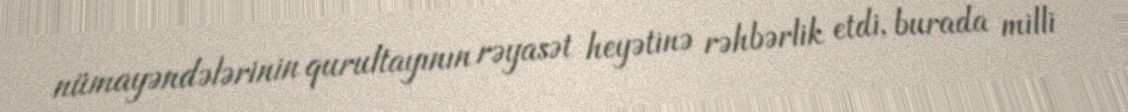
nümayəndələrinin qurultayının rəyasət heyətinə rəhbərlik etdi, burada milli